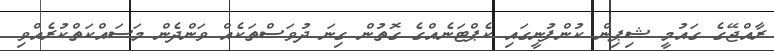
ރާއްޖޭގެ ގައުމީ ޝިޕިން ކުންފުނީގައި ކެޕްޓަނެއްގެ ގޮތުން ގިނަ ދުވަސްތަކެއް ވަންދެން މަސައްކަތްކުރެއްވި